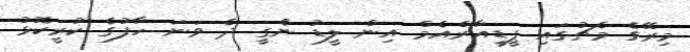
މިރޭގެ މެޗުގައި ޕީޑީއާރްއެމް އިން ލީޑު ނެގީ ދެ ވަނަ ހާފުގެ ކުރީކޮޅު